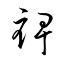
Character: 裨